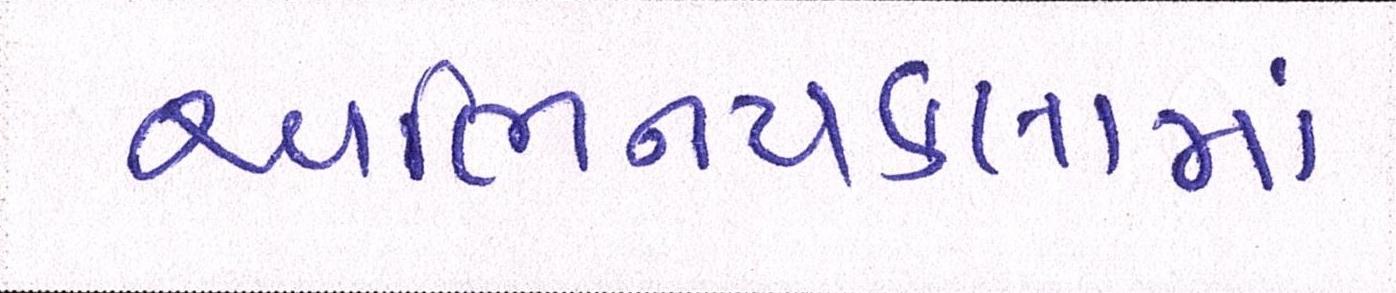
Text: અભિનયકલામાં